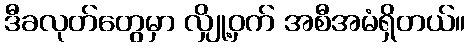
ဒီခလုတ်တွေမှာ လျှို့ဝှက် အစီအမံရှိတယ်။